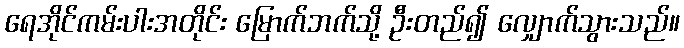
ရေအိုင်ကမ်းပါးအတိုင်း မြောက်ဘက်သို့ ဦးတည်၍ လျှောက်သွားသည်။